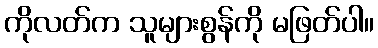
ကိုလတ်က သူများစွန်ကို မဖြတ်ပါ။